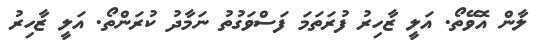
ލާން އޮވޭތޯ. އަލީ ޒާހިރު ފުރަތަމަ ފަސްވަގުތު ނަމާދު ކުރަންތޯ. އަލީ ޒާހިރު